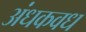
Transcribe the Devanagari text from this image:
अंधकवध